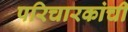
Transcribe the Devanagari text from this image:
परिचारकांची